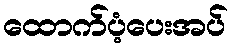
ထောက်ပံ့ပေးအပ်